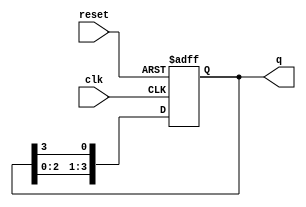
module bistable_ring_counter (
    input wire clk,        // Clock input
    input wire reset,      // Reset input
    output reg [3:0] q     // 4-bit output
);

    // Initial state
    initial begin
        q = 4'b0001; // Start with the first flip-flop set
    end

    // Always block triggered on the rising edge of the clock or reset
    always @(posedge clk or posedge reset) begin
        if (reset) begin
            q <= 4'b0001; // Reset to initial state
        end else begin
            // Shift the '1' to the next flip-flop
            q <= {q[2:0], q[3]}; // Rotate the bits
        end
    end

endmodule